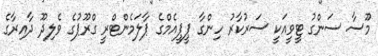
މޫސާ ސަންގު ޓީވީއަކީ ސަރުކާރު ހިންގާ ޕީޕީއެމްގެ ޕާލަމެންޓްރީ ގްރޫޕުގެ ވެލިދޫ ދާއިރާގެ